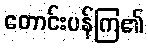
တောင်းပန်ကြ၏